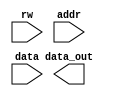
module bustap(
    input rw, 
    input [11:0] addr,
    input [11:0] data,
    output reg [24:0] data_out 
    );

always @*
	data_out <= {rw,addr,data_out};

endmodule